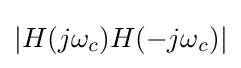
|H(j\omega _{c})H(-j\omega _{c})|